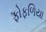
ફોફળિયા